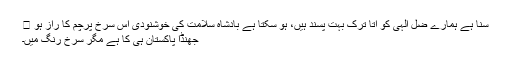
سنا ہے ہمارے ضل الٰہی کو اتا ترک بہت پسند ہیں، ہو سکتا ہے بادشاہ سلامت کی خوشنودی اس سرخ پرچم کا راز ہو 🙂
جھنڈا پاکستان ہی کا ہے مگر سرخ رنگ میں۔